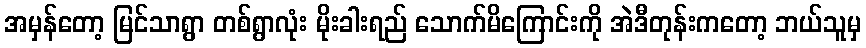
အမှန်တော့ မြင်သာရွာ တစ်ရွာလုံး မိုးခါးရည် သောက်မိကြောင်းကို အဲဒီတုန်းကတော့ ဘယ်သူမှ